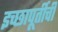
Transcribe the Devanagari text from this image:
इच्छापूर्तीची